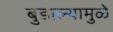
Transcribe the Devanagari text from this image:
बुडाल्यामुळे